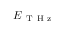
\boldsymbol { E } _ { \mathrm { ~ T ~ H ~ z ~ } }